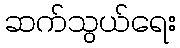
ဆက်သွယ်ရေး